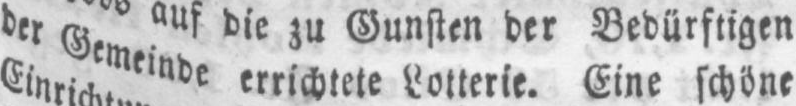
der Gemeinde errichtete Lotterie. Eine schöne